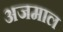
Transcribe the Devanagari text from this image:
अजमाल